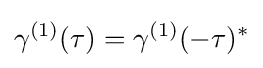
\gamma ^{(1)}(\tau )=\gamma ^{(1)}(-\tau )^{*}